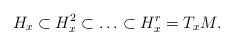
\begin{align*}H_x\subset H_x^2\subset\ldots\subset H_x^r=T_xM.\end{align*}